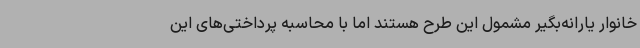
خانوار یارانه‌بگیر مشمول این طرح هستند اما با محاسبه پرداختی‌های این